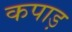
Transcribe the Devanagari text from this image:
कपाड़